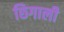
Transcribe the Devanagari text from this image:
छिगाली